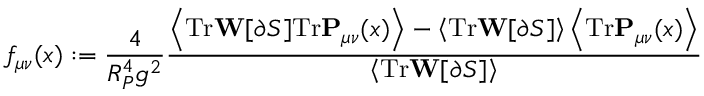
f _ { \mu \nu } ( x ) : = \frac { 4 } { R _ { P } ^ { 4 } g ^ { 2 } } \frac { \left< \mathrm { T r } \mathbf { W } [ \partial S ] \mathrm { T r } \mathbf { P } _ { \mu \nu } ( x ) \right> - \left< \mathrm { T r } \mathbf { W } [ \partial S ] \right> \left< \mathrm { T r } \mathbf { P } _ { \mu \nu } ( x ) \right> } { \left< \mathrm { T r } \mathbf { W } [ \partial S ] \right> }